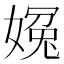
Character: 𡟰